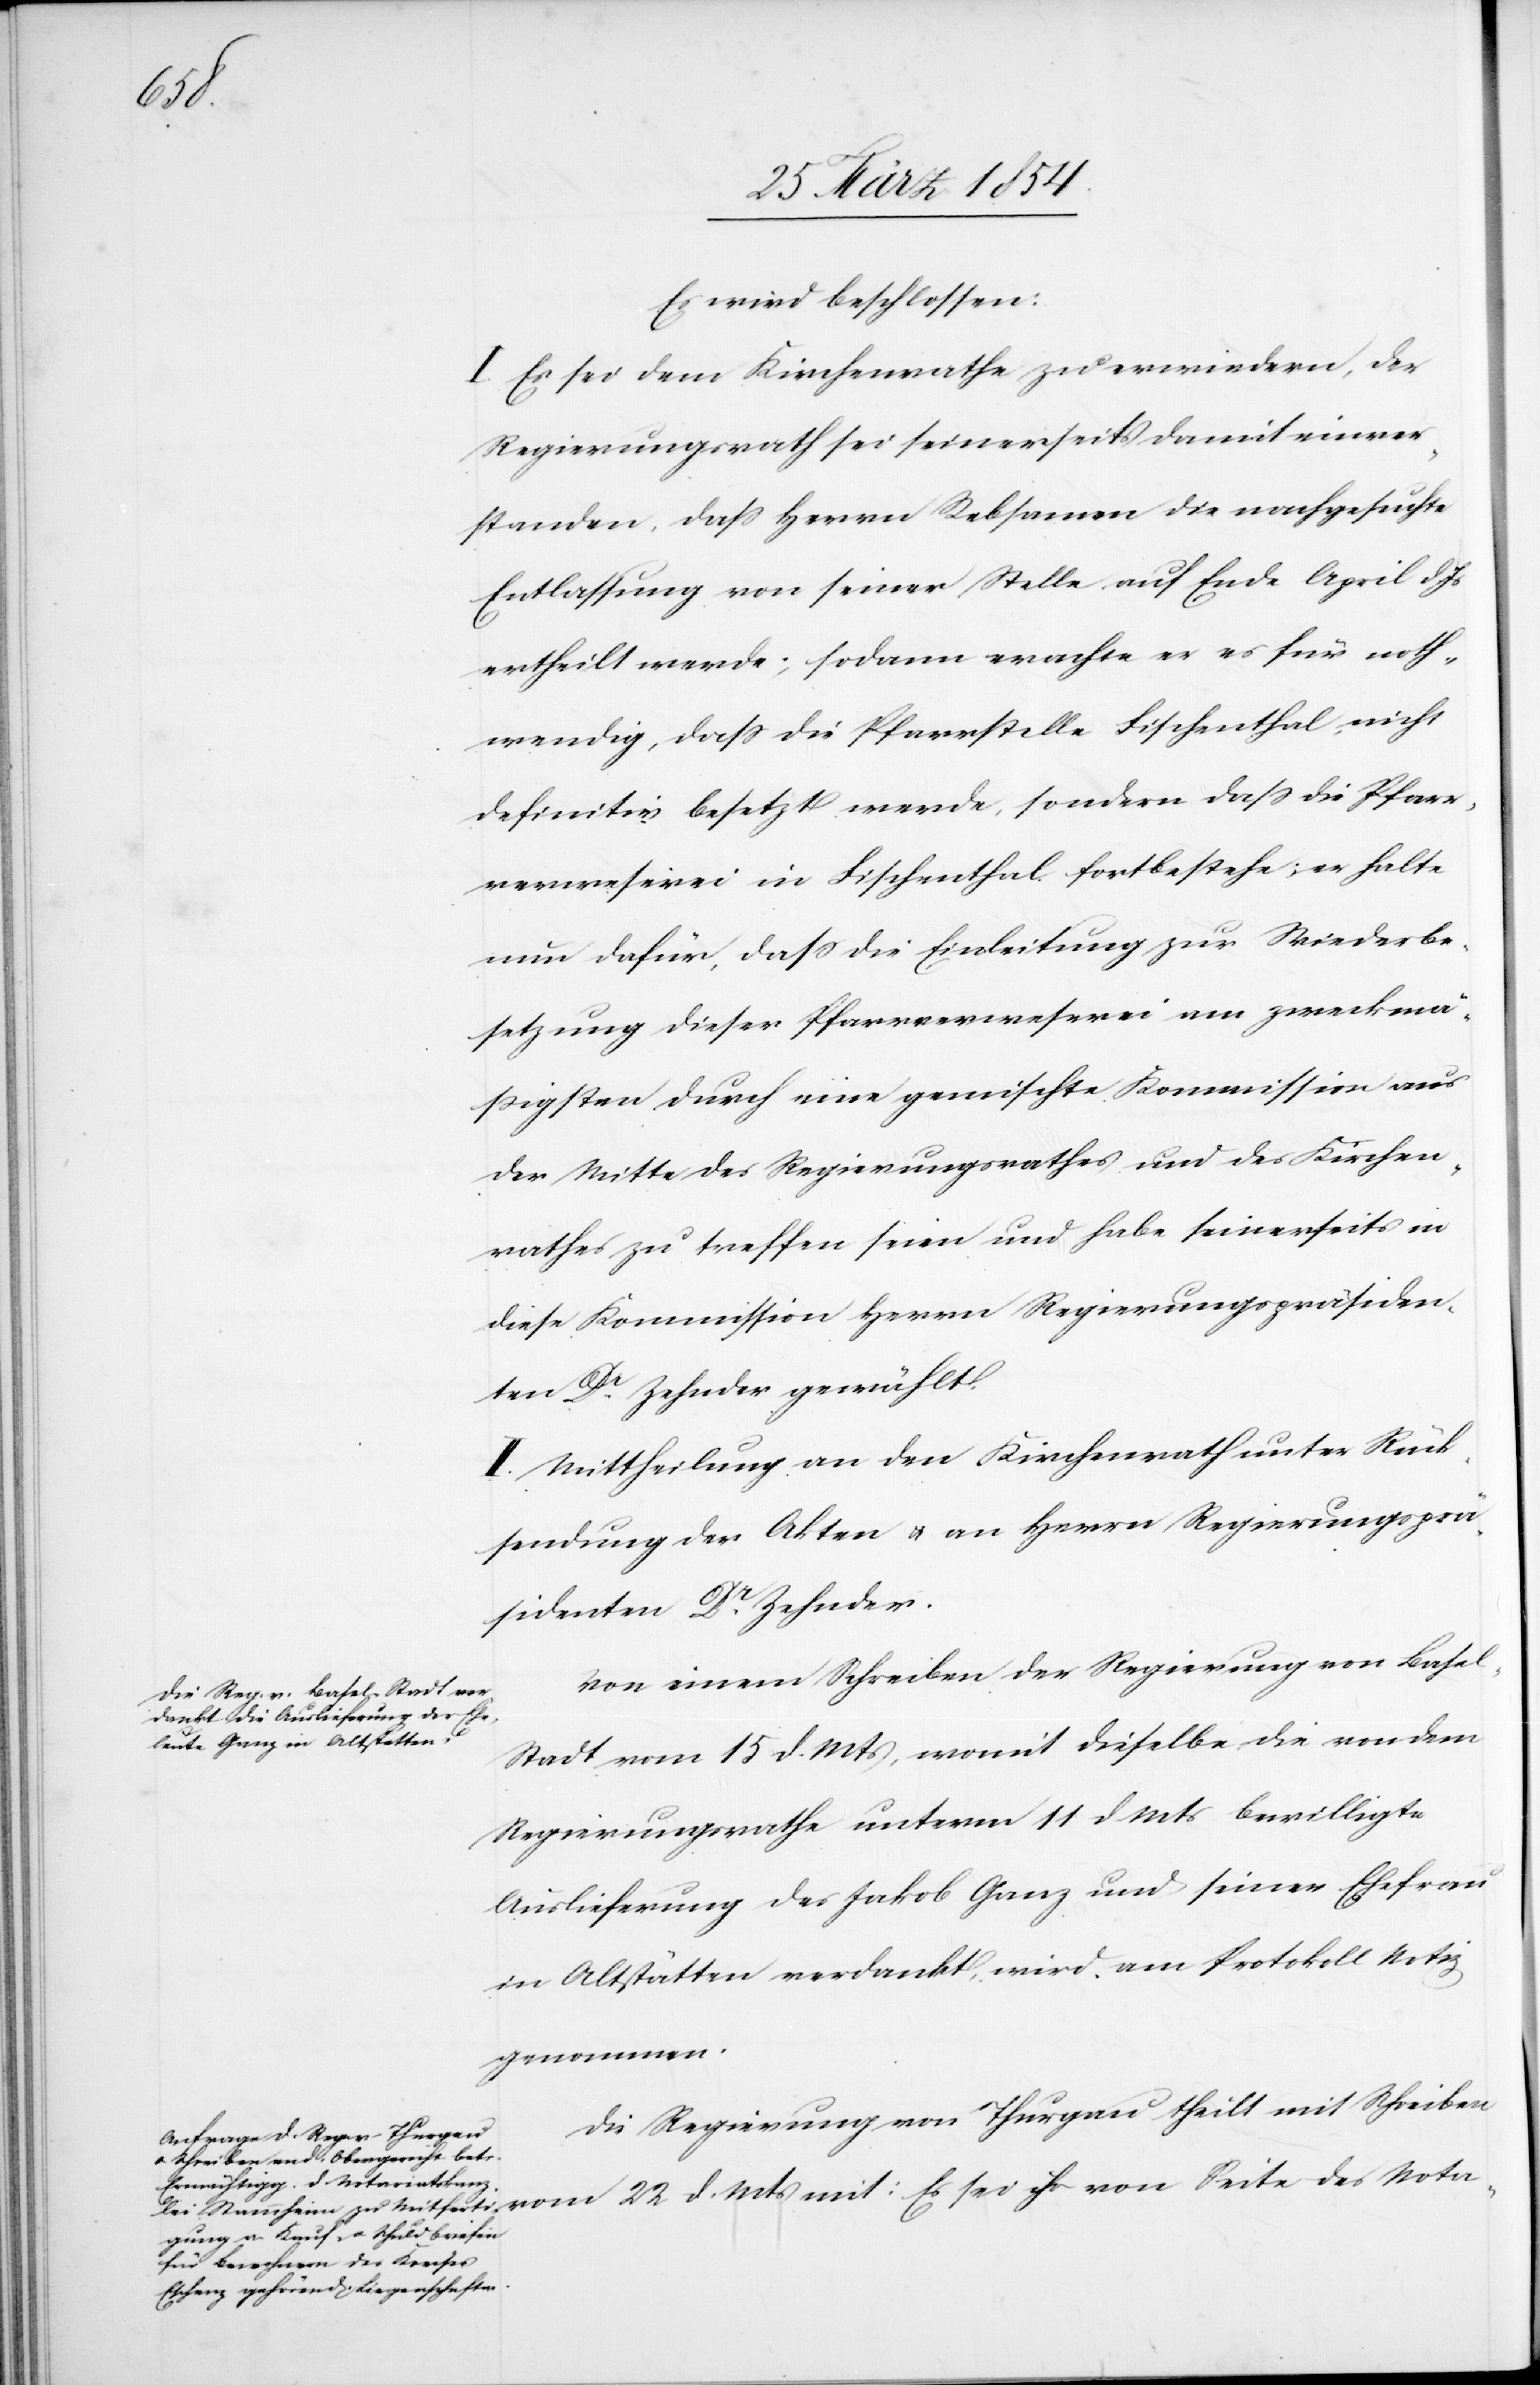
Nota-

Es wird beschlossen:
I. Es sei dem Kirchenrathe zu erwiedern, der
Regierungsrath sei seinerseits damit einver¬
standen, daß Herrn Rebsamen die nachgesuchte
Entlassung von seiner Stelle auf Ende April d.
ertheilt werde; sodann erachte er es für noth¬
wendig, daß die Pfarrstelle Fischenthal, nicht
definitiv besetzt werde, sondern daß die Pfarr¬
verweserei in Fischenthal fortbestehe; er halte
nur dafür, daß die Einleitung zur Wiederbe¬
setzung dieser Pfarrverweserei am zweckmä¬
ßigsten durch eine gemischte Kommission aus
der Mitte des Regierungsrathes und des Kirchen¬
rathes zu treffen seien und habe seinerseits in
diese Kommission Herrn Regierungspräsiden¬
ten Dr Zehnder gewählt.
II. Mittheilung an den Kirchenrath unter Rück¬
sendung der Akten u. an Herrn Regierungsprä¬
sidenten Dr Zehnder.
Von einem Schreiben der Regierung von Base¬
l-Stadt vom 15 d. Mts, womit dieselbe die von dem
Regierungsrathe unterm 11 d Mts bewilligte
Auslieferung des Jakob Ganz und seiner Ehefrau
in Altstätten verdankt, wird am Protokoll Notiz
genomen.
Die Regierung von Thurgau theilt mit Schreiben
Mts mit: Es sei ihr von